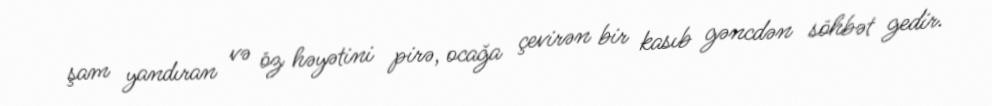
şam yandıran və öz həyətini pirə, ocağa çevirən bir kasıb gəncdən söhbət gedir.